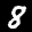
Label: 8